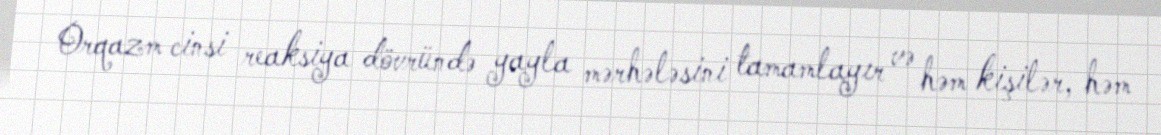
Orqazm cinsi reaksiya dövründə yayla mərhələsini tamamlayır və həm kişilər, həm